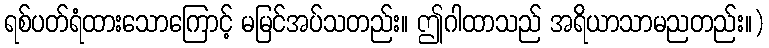
ရစ်ပတ်ရံထားသောကြောင့် မမြင်အပ်သတည်း။ ဤဂါထာသည် အရိယာသာမညတည်း။)